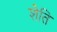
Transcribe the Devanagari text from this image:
शेति